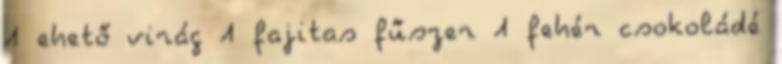
1 ehető virág 1 fajitas fűszer 1 fehér csokoládé